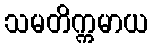
သမတိက္ကမာယ